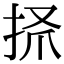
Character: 𢫺